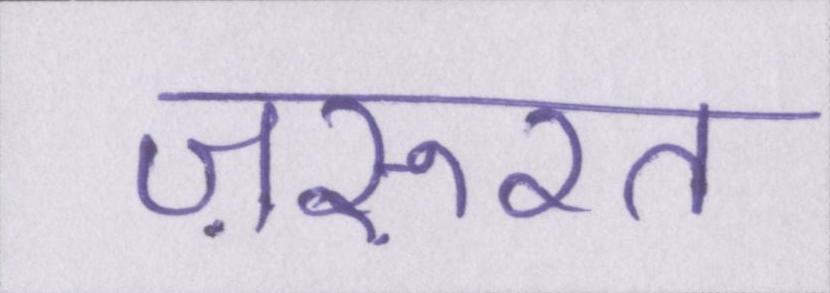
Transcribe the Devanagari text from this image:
ज़रूरत